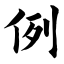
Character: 例